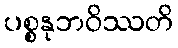
ပစ္စနုဘဝိဿတိ